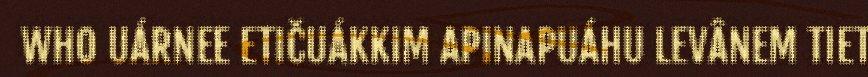
WHO UÁRNEE ETIČUÁKKIM APINAPUÁHU LEVÂNEM TIET